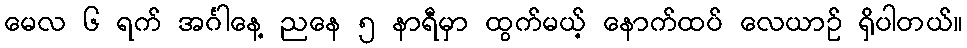
မေလ ၆ ရက် အင်္ဂါနေ့ ညနေ ၅ နာရီမှာ ထွက်မယ့် နောက်ထပ် လေယာဉ် ရှိပါတယ်။